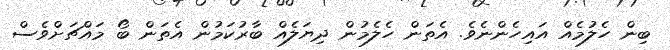
ބިން ހެލުމެއް އައިހެންނެވެ. އެތަން ހެލެމުން ދިޔަލެއް ބާރުކަމުން އެތަން ބޯ މައްޗަށްވެސް